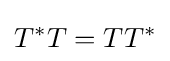
T^{*}T=TT^{*}